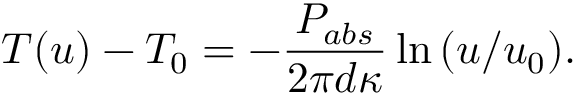
T ( u ) - T _ { 0 } = - \frac { P _ { a b s } } { 2 \pi d \kappa } \ln { ( u / u _ { 0 } ) } .